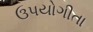
ઉપયોગીતા